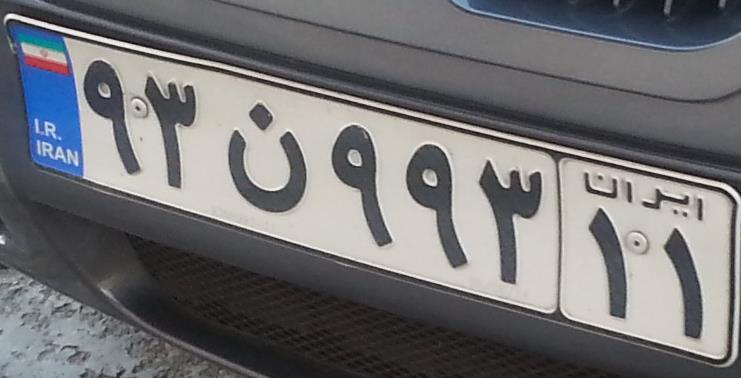
۹۳ن۹۹۳۱۱